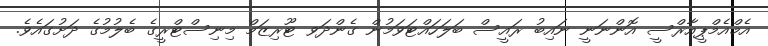
އެމްއެމްޕީއާރްސީ އޮންނަނީ ނައިބު ރައީސް ބަލަހައްޓަވަމުން ގެންދަވ ޓޫރިޒަމް މިނިސްޓްރީގެ ބެލުމުގެ ދަށުގައެވެ.